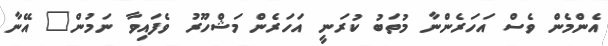
އެންމެން ވެސް އަހަރެންނާ މުތަބު ކުރަނީ އަހަރެން މަޝްހޫރު ވެފައިވާ ނަމުން" އޭނާ